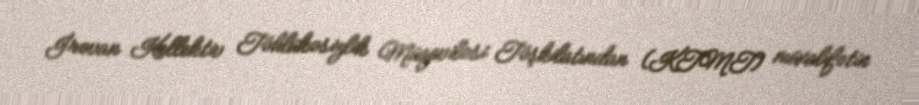
İrəvan Kollektiv Təhlükəsizlik Müqaviləsi Təşkilatından (KTMT) müxalifətin